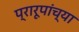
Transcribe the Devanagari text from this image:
प्रारूपांच्या